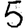
Digit: 5